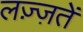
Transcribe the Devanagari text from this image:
लज़्ज़तें